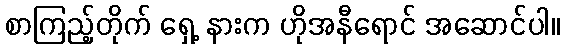
စာကြည့်တိုက် ရှေ့ နားက ဟိုအနီရောင် အဆောင်ပါ။